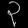
Digit: ၃